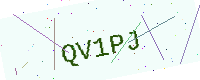
Text: QV1PJ